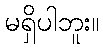
မရှိပါဘူး။